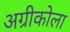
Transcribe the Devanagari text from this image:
अग्रीकोला